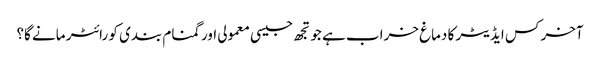
آخر کس ایڈیٹر کا دماغ خراب ہے جو تجھ جیسی معمولی اور گمنام بندی کو رائٹر مانے گا؟